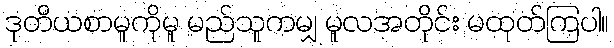
ဒုတိယစာမူကိုမူ မည်သူကမျှ မူလအတိုင်း မထုတ်ကြပါ။